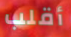
أقلب